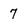
Character: 7